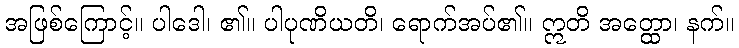
အဖြစ်ကြောင့်။ ပါဒေါ၊ ၏။ ပါပုဏိယတိ၊ ရောက်အပ်၏။ ဣတိ အတ္ထော၊ နက်။